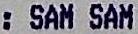
: SAM SAM